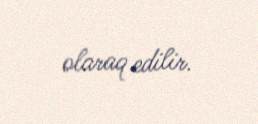
olaraq edilir.